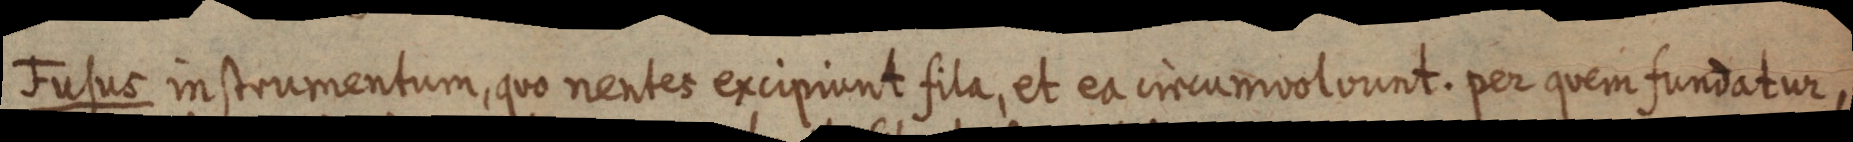
Fusus instrumentum, quo nentes excipiunt fila, et ea circumvolvunt. per quem fundatur,